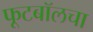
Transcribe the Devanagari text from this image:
फूटबॉलचा